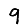
Digit: 9